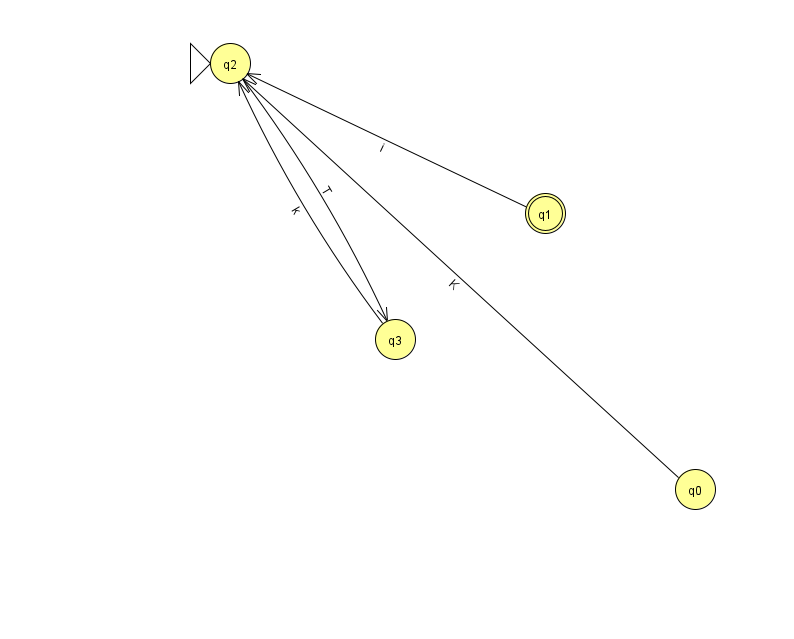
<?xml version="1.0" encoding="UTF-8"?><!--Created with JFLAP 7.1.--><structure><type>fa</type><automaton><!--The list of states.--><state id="0" name="q0"><x>695.0</x><y>476.0</y></state><state id="1" name="q1"><x>545.0</x><y>200.0</y><final/></state><state id="2" name="q2"><x>230.0</x><y>50.0</y><initial/></state><state id="3" name="q3"><x>395.0</x><y>326.0</y></state><!--The list of transitions.--><transition><from>0</from><to>2</to><read>K</read></transition><transition><from>2</from><to>3</to><read>T</read></transition><transition><from>1</from><to>2</to><read>i</read></transition><transition><from>3</from><to>2</to><read>k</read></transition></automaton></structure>